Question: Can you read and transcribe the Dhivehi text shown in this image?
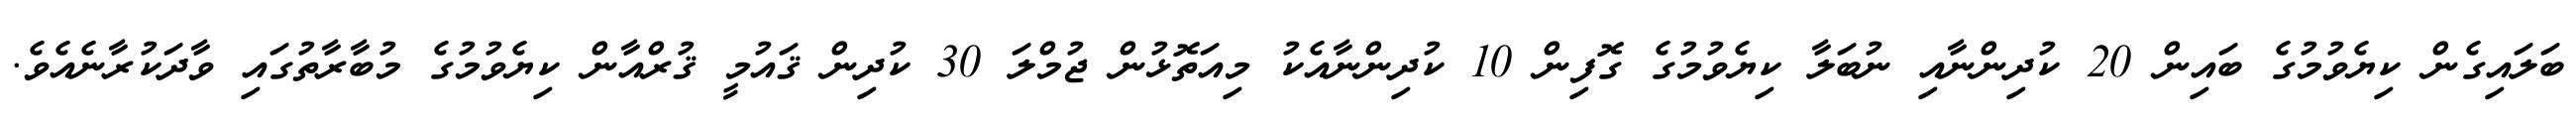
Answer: ބަލައިގެން ކިޔެވުމުގެ ބައިން 20 ކުދިންނާއި ނުބަލާ ކިޔެވުމުގެ ގޮފިން 10 ކުދިންނާއެކު މިއަތޮޅުން ޖުމްލަ 30 ކުދިން ޤައުމީ ޤުރްއާން ކިޔެވުމުގެ މުބާރާތުގައި ވާދަކުރާނެއެވެ.